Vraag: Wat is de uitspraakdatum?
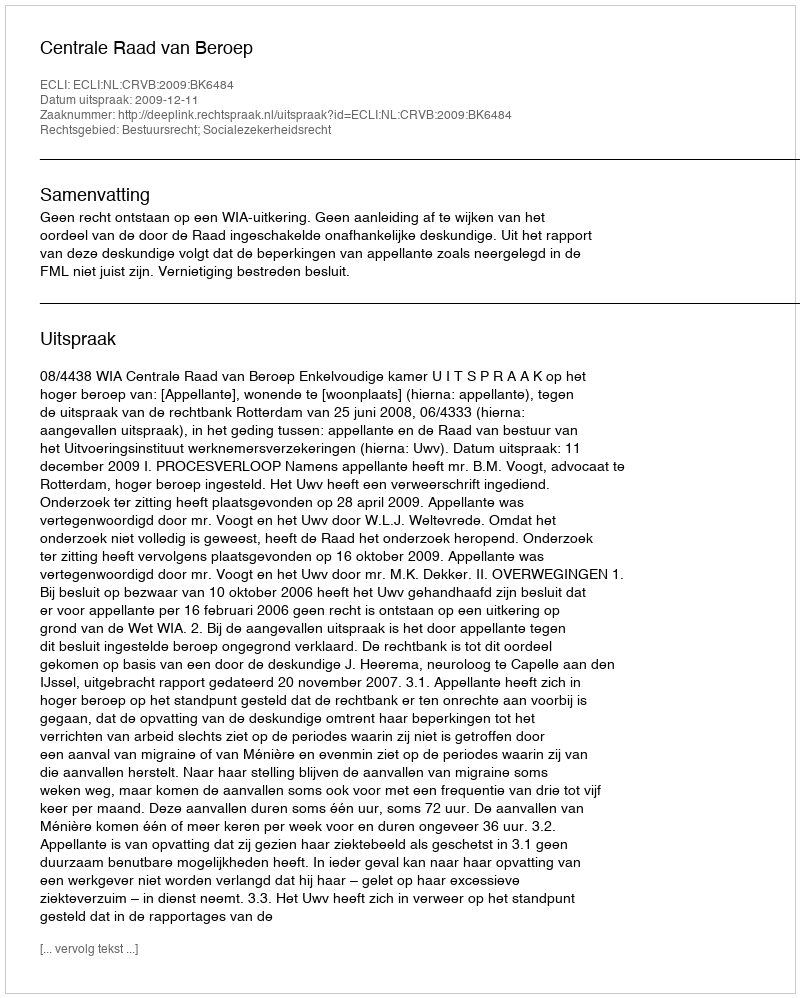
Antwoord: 2009-12-11